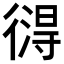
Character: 𢕚